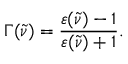
\Gamma ( \tilde { \nu } ) = \frac { \varepsilon ( \tilde { \nu } ) - 1 } { \varepsilon ( \tilde { \nu } ) + 1 } .